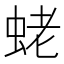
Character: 蛯